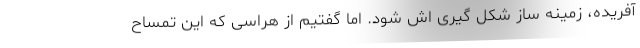
آفریده، زمینه ساز شکل گیری اش شود. اما گفتیم از هراسی که این تمساح